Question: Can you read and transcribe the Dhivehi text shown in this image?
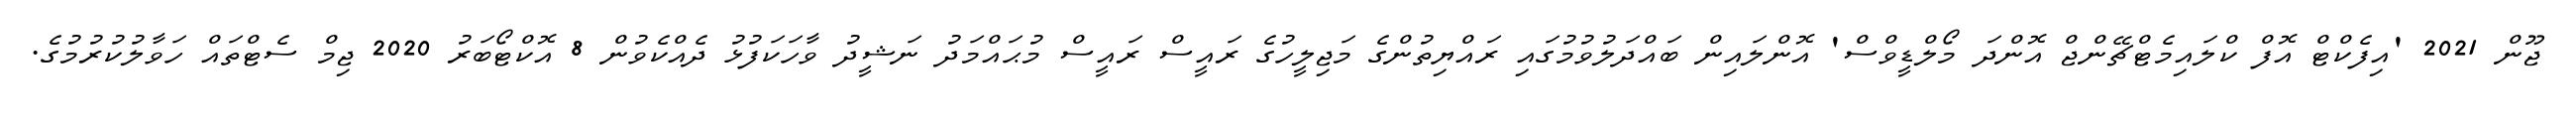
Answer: ޖޫން 2021 'އިފެކްޓް އޮފް ކްލައިމެޓްޗޭންޖް އޮންދަ މޯލްޑީވްސް' އޮންލައިން ބައްދަލުވުމުގައި ރައްޔިތުންގެ މަޖިލީހުގެ ރައީސް ރައީސް މުޙައްމަދު ނަޝީދު ވާހަކަފުޅު ދެއްކެވުން 8 އޮކްޓޯބަރު 2020 ޖިމް ސެޓްތައް ހަވާލުކުރުމުގެ.